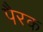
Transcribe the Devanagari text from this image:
पैरक